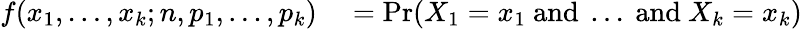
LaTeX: \begin{array}{rl}{f(x_{1},\ldots,x_{k};n,p_{1},\ldots,p_{k})}&{{}{}=\operatorname*{Pr}(X_{1}=x_{1}{\mathrm{~and~}}\dots{\mathrm{~and~}}X_{k}=x_{k})}\end{array}